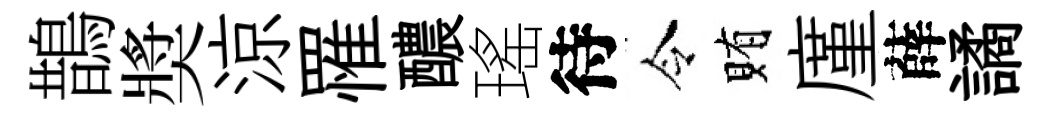
鵲奬涼罹醲瑤待令賄廑薛譎